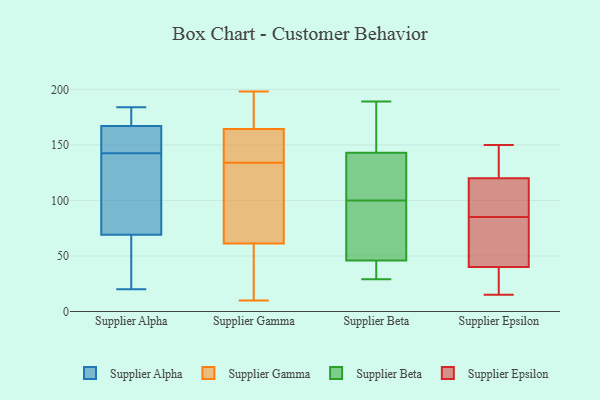
{"axis": {"x": "Gross Profit (USD K)", "y": "Value"}, "legend": ["Supplier Alpha", "Supplier Beta", "Supplier Epsilon", "Supplier Gamma"], "data": [{"x": "", "y": 155, "type": "Supplier Alpha"}, {"x": "", "y": 167, "type": "Supplier Alpha"}, {"x": "", "y": 152, "type": "Supplier Alpha"}, {"x": "", "y": 98, "type": "Supplier Alpha"}, {"x": "", "y": 69, "type": "Supplier Alpha"}, {"x": "", "y": 169, "type": "Supplier Alpha"}, {"x": "", "y": 184, "type": "Supplier Alpha"}, {"x": "", "y": 167, "type": "Supplier Alpha"}, {"x": "", "y": 51, "type": "Supplier Alpha"}, {"x": "", "y": 20, "type": "Supplier Alpha"}, {"x": "", "y": 38, "type": "Supplier Alpha"}, {"x": "", "y": 153, "type": "Supplier Alpha"}, {"x": "", "y": 133, "type": "Supplier Alpha"}, {"x": "", "y": 73, "type": "Supplier Alpha"}, {"x": "", "y": 134, "type": "Supplier Gamma"}, {"x": "", "y": 10, "type": "Supplier Gamma"}, {"x": "", "y": 139, "type": "Supplier Gamma"}, {"x": "", "y": 80, "type": "Supplier Gamma"}, {"x": "", "y": 181, "type": "Supplier Gamma"}, {"x": "", "y": 46, "type": "Supplier Gamma"}, {"x": "", "y": 55, "type": "Supplier Gamma"}, {"x": "", "y": 115, "type": "Supplier Gamma"}, {"x": "", "y": 198, "type": "Supplier Gamma"}, {"x": "", "y": 141, "type": "Supplier Gamma"}, {"x": "", "y": 172, "type": "Supplier Gamma"}, {"x": "", "y": 97, "type": "Supplier Beta"}, {"x": "", "y": 46, "type": "Supplier Beta"}, {"x": "", "y": 163, "type": "Supplier Beta"}, {"x": "", "y": 86, "type": "Supplier Beta"}, {"x": "", "y": 44, "type": "Supplier Beta"}, {"x": "", "y": 29, "type": "Supplier Beta"}, {"x": "", "y": 103, "type": "Supplier Beta"}, {"x": "", "y": 143, "type": "Supplier Beta"}, {"x": "", "y": 189, "type": "Supplier Beta"}, {"x": "", "y": 105, "type": "Supplier Beta"}, {"x": "", "y": 137, "type": "Supplier Epsilon"}, {"x": "", "y": 15, "type": "Supplier Epsilon"}, {"x": "", "y": 40, "type": "Supplier Epsilon"}, {"x": "", "y": 69, "type": "Supplier Epsilon"}, {"x": "", "y": 150, "type": "Supplier Epsilon"}, {"x": "", "y": 59, "type": "Supplier Epsilon"}, {"x": "", "y": 120, "type": "Supplier Epsilon"}, {"x": "", "y": 104, "type": "Supplier Epsilon"}, {"x": "", "y": 27, "type": "Supplier Epsilon"}, {"x": "", "y": 101, "type": "Supplier Epsilon"}]}